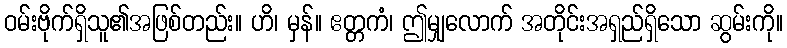
ဝမ်းဗိုက်ရှိသူ၏အဖြစ်တည်း။ ဟိ၊ မှန်။ ဧတ္တကံ၊ ဤမျှလောက် အတိုင်းအရှည်ရှိသော ဆွမ်းကို။